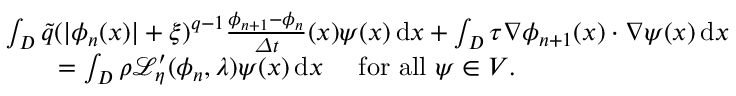
\begin{array} { r l } & { \int _ { D } \tilde { q } ( | \phi _ { n } ( x ) | + \xi ) ^ { q - 1 } \frac { \phi _ { n + 1 } - \phi _ { n } } { \varDelta t } ( x ) { \psi } ( x ) \, \mathrm { d } x + \int _ { D } \tau \nabla \phi _ { n + 1 } ( x ) \cdot \nabla { \psi } ( x ) \, \mathrm { d } x } \\ & { \qquad = \int _ { D } \rho \mathcal { L } _ { \eta } ^ { \prime } ( \phi _ { n } , \lambda ) \psi ( x ) \, \mathrm { d } x \quad \mathrm { ~ f o r ~ a l l ~ } \psi \in V . } \end{array}